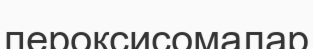
пероксисомалар